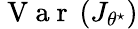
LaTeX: \mathrm{~V~a~r~}\left(J_{\theta^{\star}}\right)